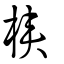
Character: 梜